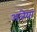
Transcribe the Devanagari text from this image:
अत्रेया